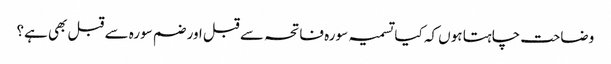
وضاحت چاہتا ہوں کہ کیا تسمیہ سورہ فاتحہ سے قبل اور ضم سورہ سے قبل بھی ہے؟